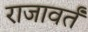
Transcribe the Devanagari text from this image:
राजावर्तं